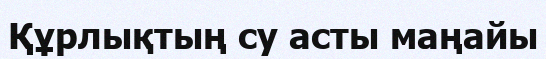
Құрлықтың су асты маңайы